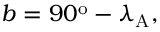
b = 9 0 ^ { \mathrm { o } } - \lambda _ { \mathrm { A } } ,